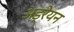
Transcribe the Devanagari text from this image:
अड्रेयन